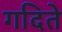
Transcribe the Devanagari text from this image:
गदिते